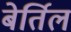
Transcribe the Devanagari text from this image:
बेर्तिल